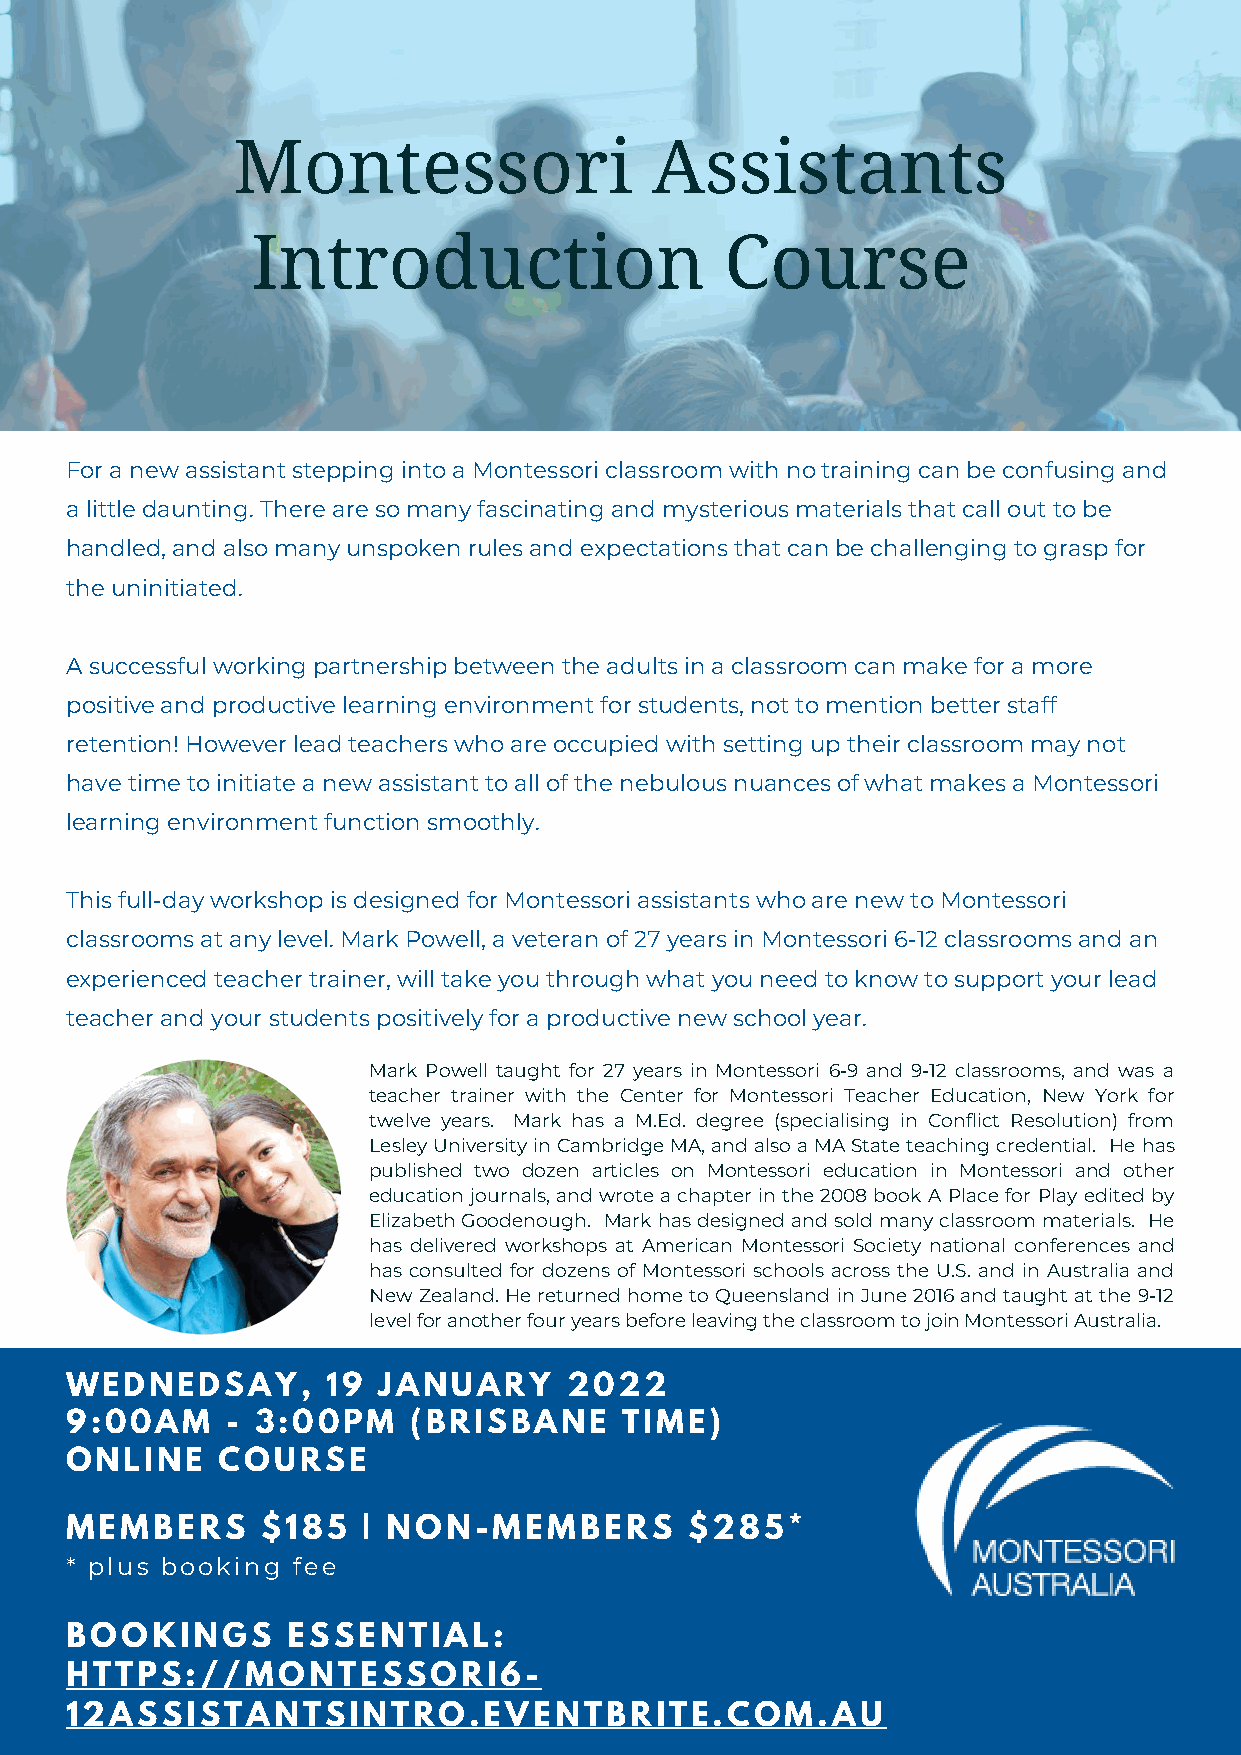
Montessori                  Assistants
 Introduction                   Course
 For a new assistant stepping into a Montessori classroom with no training can be confusing and
 a little daunting. There are so many fascinating and mysterious materials that call out to be
 handled, and also many unspoken rules and expectations that can be challenging to grasp for
 the uninitiated.
 A successful working partnership between the adults in a classroom can make for a more
 positive and productive learning environment for students, not to mention better staff
 retention! However lead teachers who are occupied with setting up their classroom may not
 have time to initiate a new assistant to all of the nebulous nuances of what makes a Montessori
 learning environment function smoothly.
 This full-day workshop is designed for Montessori assistants who are new to Montessori
 classrooms at any level. Mark Powell, a veteran of 27 years in Montessori 6-12 classrooms and an
 experienced teacher trainer, will take you through what you need to know to support your lead
 teacher and your students positively for a productive new school year.
 Mark Powell taught for 27 years in Montessori 6-9 and 9-12 classrooms, and was a
 teacher trainer with the Center for Montessori Teacher Education, New York for
 twelve years. Mark has a M.Ed. degree (specialising in Conflict Resolution) from
 Lesley University in Cambridge MA, and also a MA State teaching credential. He has
 published two dozen articles on Montessori education in Montessori and other
 education journals, and wrote a chapter in the 2008 book A Place for Play edited by
 Elizabeth Goodenough. Mark has designed and sold many classroom materials. He
 has delivered workshops at American Montessori Society national conferences and
 has consulted for dozens of Montessori schools across the U.S. and in Australia and
 New Zealand. He returned home to Queensland in June 2016 and taught at the 9-12
 level for another four years before leaving the classroom to join Montessori Australia.
 WEDNEDSAY,        19 JANUARY      2022
 9:00AM     - 3:00PM    (BRISBANE     TIME)
 ONLINE    COURSE
 MEMBERS      $185   | NON-MEMBERS         $285*
 * plus booking fee
 BOOKINGS       ESSENTIAL:
 HTTPS://MONTESSORI6-
 12ASSISTANTSINTRO.EVENTBRITE.COM.AU